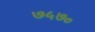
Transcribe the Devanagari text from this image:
७५७०